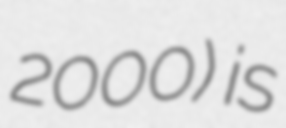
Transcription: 2000) is